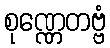
စုဏ္ဏေတဗ္ဗံ